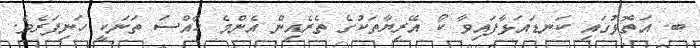
ބ. އަތޮޅުގައި ކަނޑައަޅާފައިވާ ކޯ އޭރިޔާތަކުގެ ތެރެއިން އެންމެ ހާއްސަ ތަނަކީ ހަނިފަރެވެ.